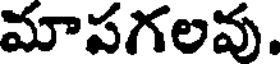
మాపగలవు.